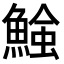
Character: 𩹑